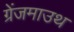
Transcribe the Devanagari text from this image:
ग्रेंजमाउथ